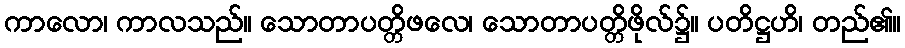
ကာလော၊ ကာလသည်။ သောတာပတ္တိဖလေ၊ သောတာပတ္တိဖိုလ်၌။ ပတိဋ္ဌဟိ၊ တည်၏။